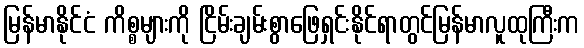
မြန်မာနိုင်ငံ ကိစ္စများကို ငြိမ်းချမ်းစွာဖြေရှင်းနိုင်ရာတွင်မြန်မာလူထုကြီးက